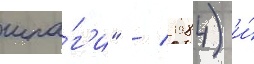
шпа́г'и" / 1984) и́